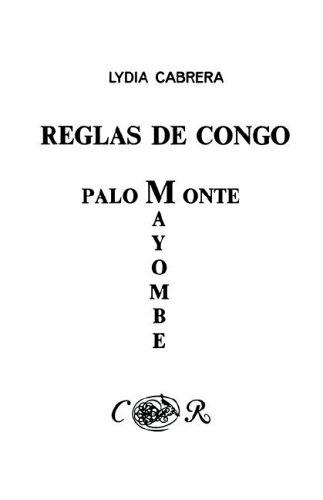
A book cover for Reglas de Congo/ Palo Monte Mayombe (Coleccibon del Chicherekbu En El Exilio) (Spanish Edition); Lydia Cabrera; Literature & Fiction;